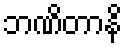
ဘဏိတာနိ